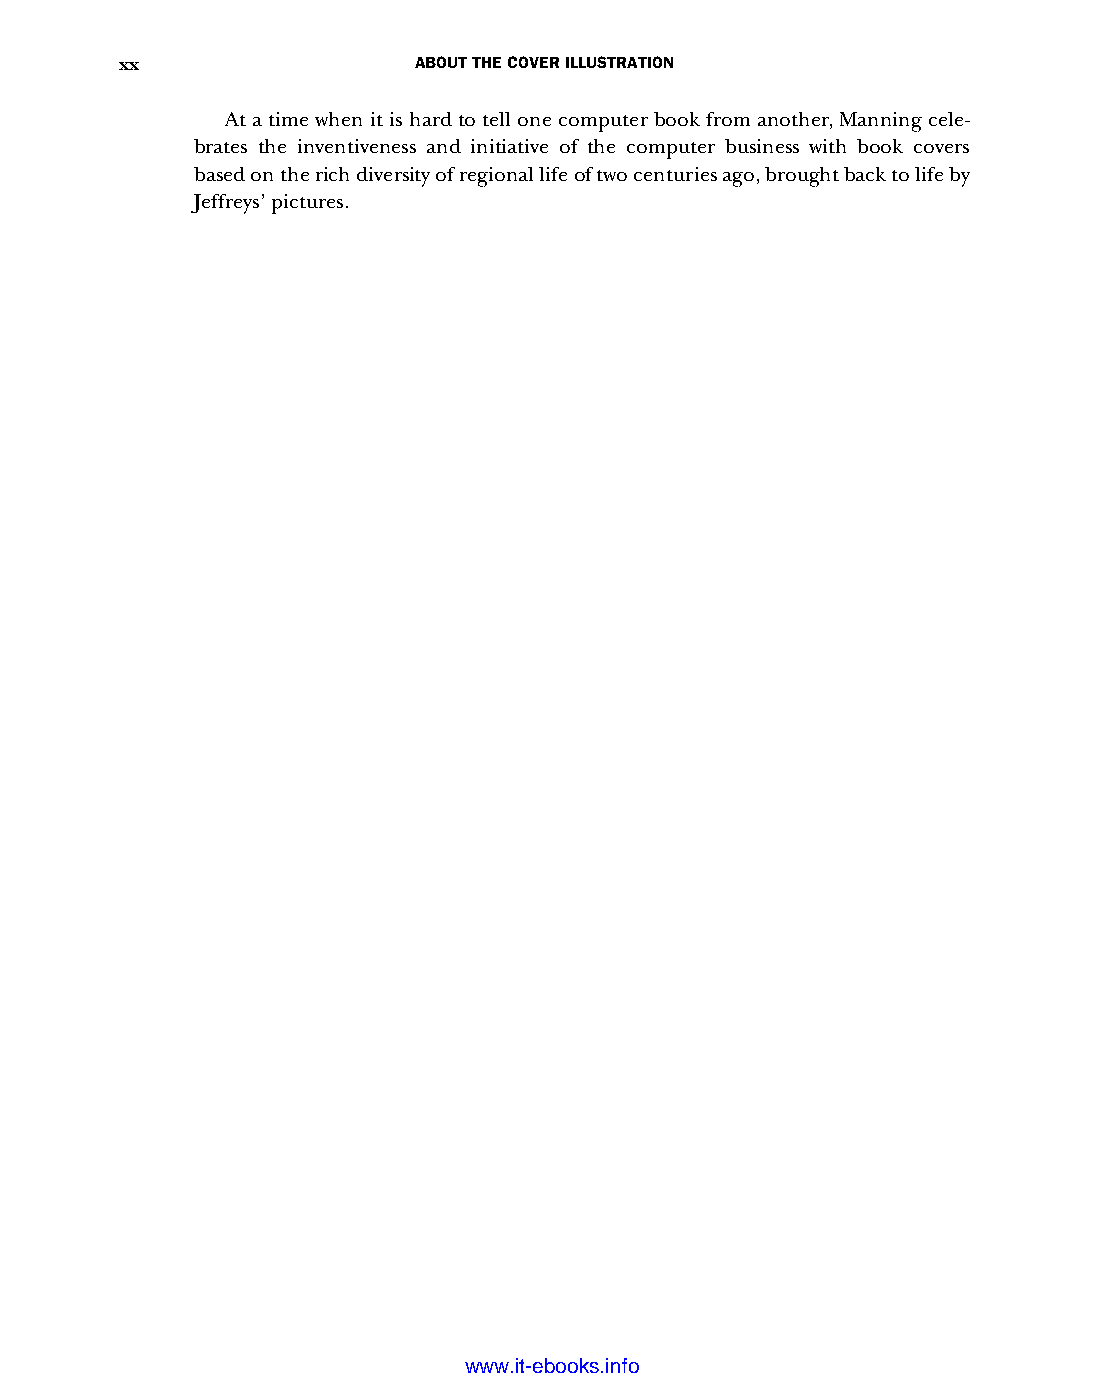
xx                 ABOUT THE COVER ILLUSTRATION
 At a time when it is hard to tell one computer book from another, Manning cele-
 brates the inventiveness and initiative of the computer business with book covers
 based on the rich diversity of regional life of two centuries ago, brought back to life by
 Jeffreys’ pictures.
 Licensed wtow w <.mit-ielebro.8o8k8s@.ingfomail.com>